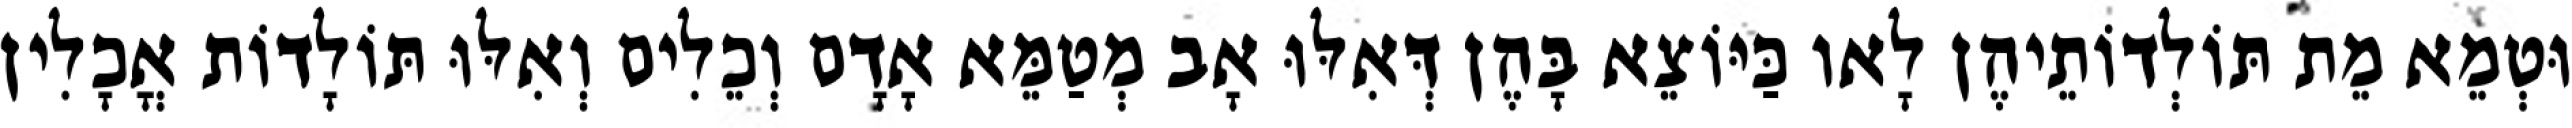
וּטְמֵא מֵת תּוֹלְדוֹתֵיהֶן לָאו כַּיּוֹצֵא בָּהֶן דְּאִלּוּ אָב מְטַמֵּא אָדָם וְכֵלִים וְאִלּוּ תּוֹלָדוֹת אֳכָלִין